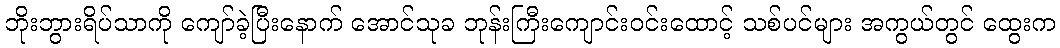
ဘိုးဘွားရိပ်သာကို ကျော်ခဲ့ပြီးနောက် အောင်သုခ ဘုန်းကြီးကျောင်းဝင်းထောင့် သစ်ပင်များ အကွယ်တွင် ထွေးက